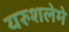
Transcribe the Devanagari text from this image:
यरुशलेमे